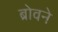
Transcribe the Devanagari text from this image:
ब्रोवने